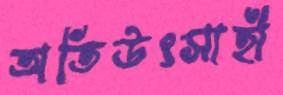
অতিউৎসাহী